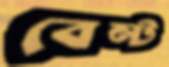
বেল্ট